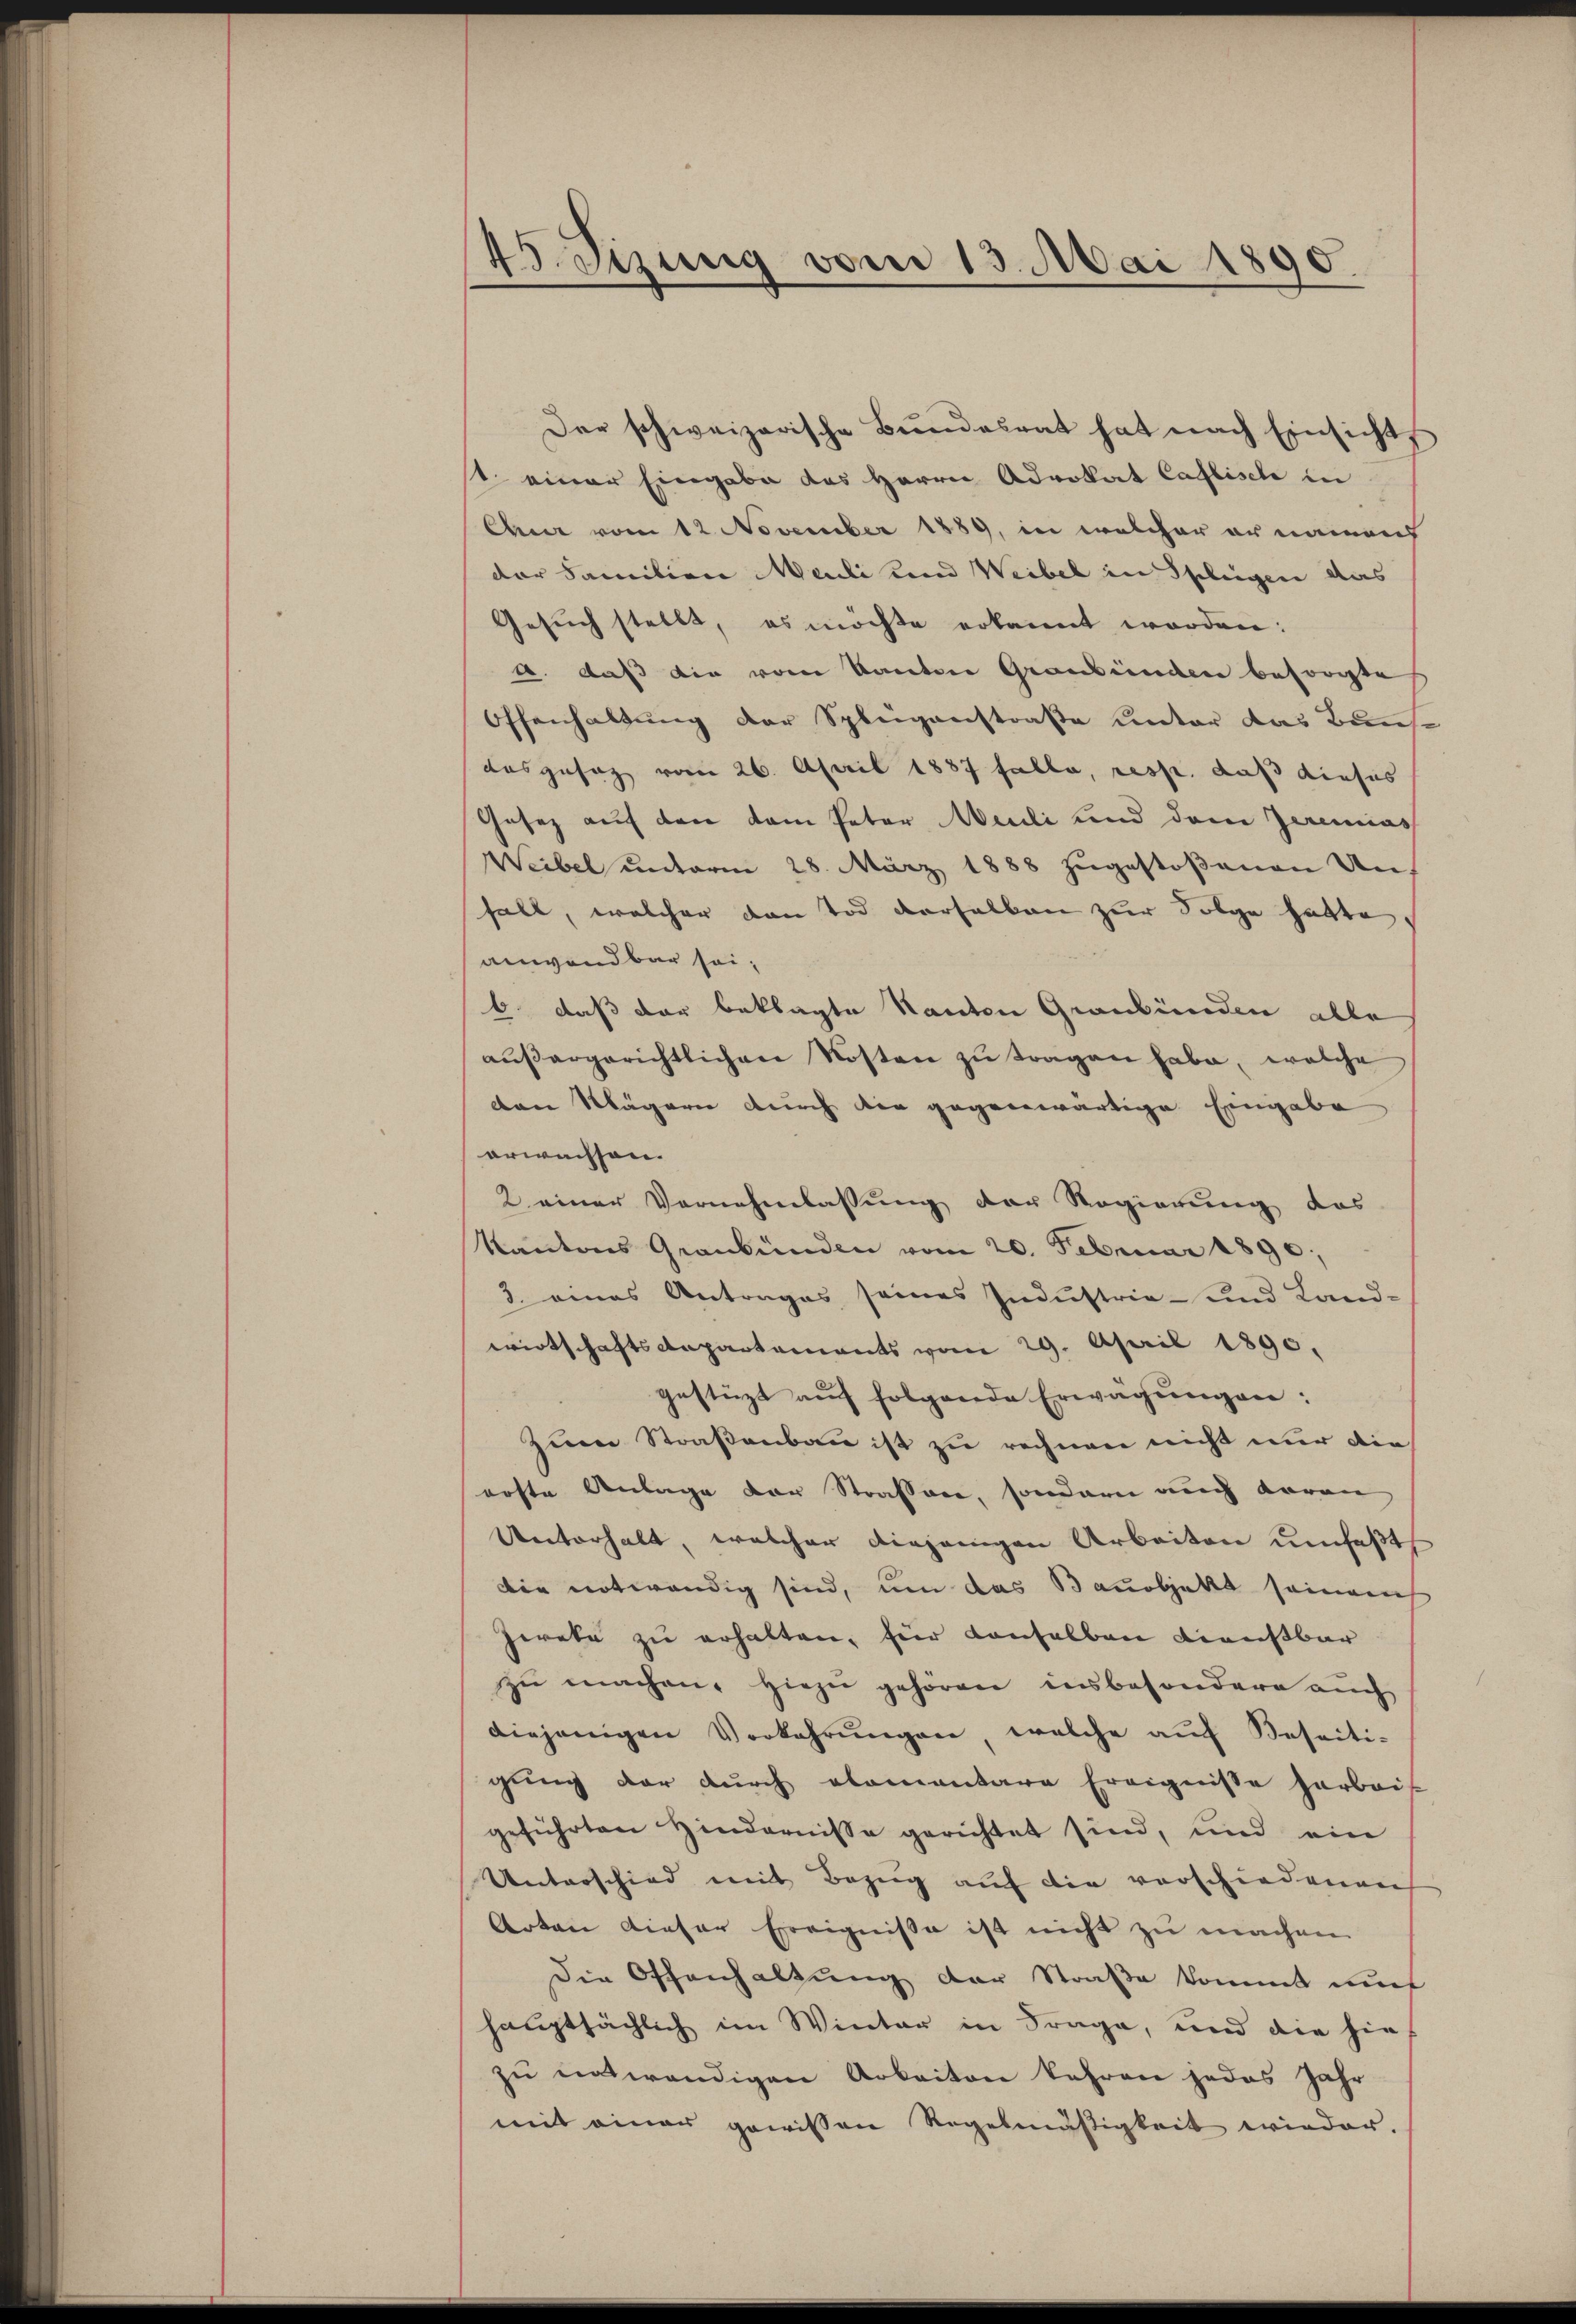
4enzung vom 13. Mai 1890.

Der schweizerische Bŭndesrat hat nach Einsicht.
11. einer Eingabe des Herrn Advokat Caflisch in
Chur vom 12. November 1889, in welcher er namen
der Familien Madi und Weibel in Splügen das
Gesuch stellt, es möchte erkannt worden:
a. daß die vom Kanton Graubünden besorgte
Offenhaltung der Spleigenstraße unter das Baus-
ausgesetz vom 26. April 1887 falle, resp. daß dieses
Gesez auf den dem Peter Meili und dem Zermas
Weibel unterm 28. März 1888 zugestoßenen Unfall, welcher den Tod derselben zur Folge hatte
anwendbar sei,
6 daß der beklagte Kauten Graubünden alle
aŭβergerichtlichen Kosten zŭ tragen habe, welche
den Mägern durch die gegenwärtige Eingabe
erwachsen.
2 einer Vornehmlassung der Regierung das
Kantons Graubünden vom 20. Februar 1890;
3. eines Antrages seines Industrie- und Land-
wirtschaftsdepartements vom 29. April 1890.
gestüzt auf folgende Erwägungen:
zum Straßenbau ist zu rechnen nicht nur die
erste Anlage der Strassen, sondern auch daran,
Unterhalt, welcher diejenigen Arbeiten umfaßt
die notwendig sind, um das Bauobjekt seinaneh
Zerete zu erhalten, für Konselben Dienstbar
zu machen, hiezu gehören insbesondere auch
diejenigen Vorkehrŭngen, welche aŭf Beseiti-
gung der durch elementare Ereignisse harbeit
geführten Hindernisse gerichtet sind, und ein
Unterschied mit Bezug auf die verschiedenen
Arten dieser Ereignisse ist nicht zu machen
Die Offenhaltung der Straße kommt mit
hauptsächlich im Winter in Frage, und die hie
zu entwendigen Arbeiten kehren jedes Jahr
mit einer gewissen Regelmäßigkeit wieder.